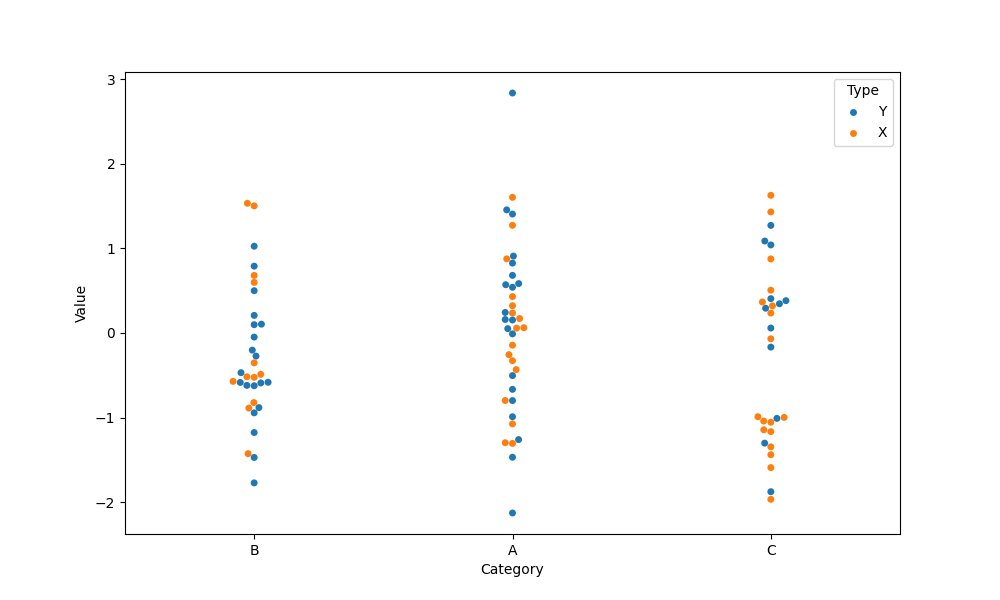
python, seaborn, swarmplot, dodge=False, alpha=1.0, size=5